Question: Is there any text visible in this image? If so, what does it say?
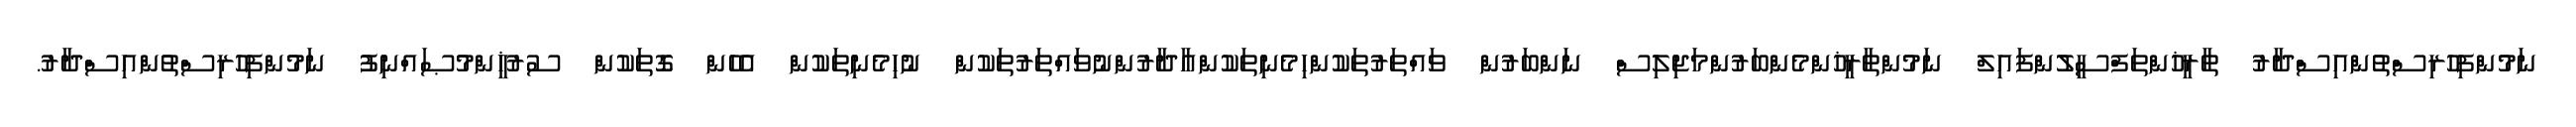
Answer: ނަމުންފިހުރިސްތުންއިސްދާރު ތާރީޚުންތަފްސީލުންފައިލް ނަމުންތާރީޚުންމެންބަރުންމަޖިލިސް ނަންބަރުން ވައްތަރުތަކުންހިމެނިތަކުންއާދާރުންނުވައްތަރުތަކުން ނުހިމެނިތަކުން އެހެން ގޮތަކުން ސުރުޚީންމުޞައްނިފު ނަމުންފިހުރިސްތުންއިސްދާރު.